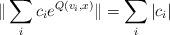
LaTeX: \begin{align*}\|\sum_i c_i e^{Q(v_i,x)} \| = \sum_i |c_i|\end{align*}